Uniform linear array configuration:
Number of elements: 4
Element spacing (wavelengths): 0.75
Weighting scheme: hamming
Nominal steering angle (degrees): -15
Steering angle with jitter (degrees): -14.681
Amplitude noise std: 0.05
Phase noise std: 0.05

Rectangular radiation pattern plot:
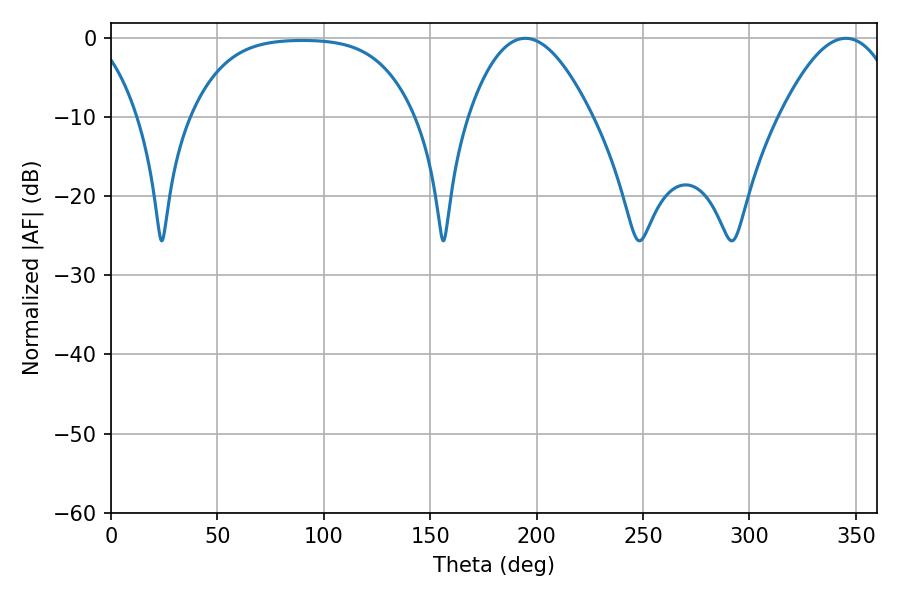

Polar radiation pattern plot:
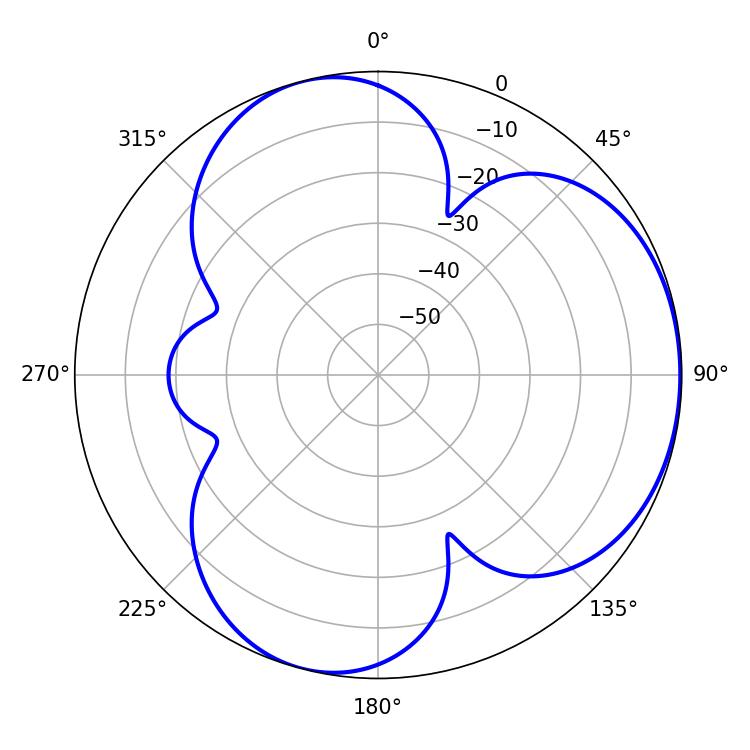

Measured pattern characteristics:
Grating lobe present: TRUE
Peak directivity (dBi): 4.254
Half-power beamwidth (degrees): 31.86
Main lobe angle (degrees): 194.58